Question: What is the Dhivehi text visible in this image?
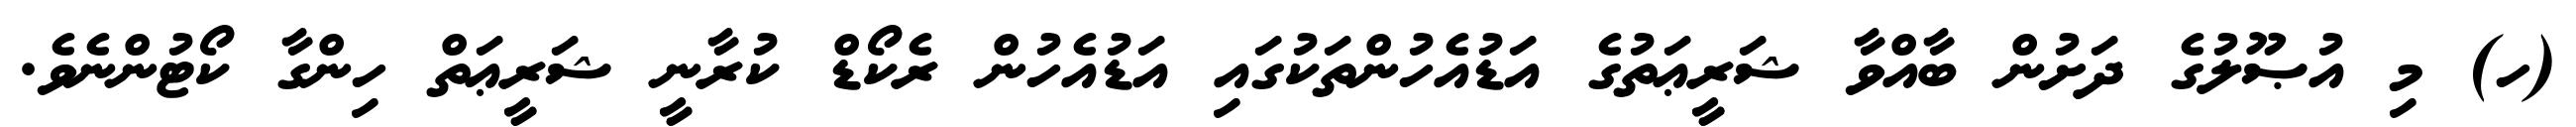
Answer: (ހ) މި އުޞޫލުގެ ދަށުން ބާއްވާ ޝަރީޢަތުގެ އަޑުއެހުންތަކުގައި އަޑުއެހުން ރެކޯޑް ކުރާނީ ޝަރީޢަތް ހިންގާ ކޯޓުންނެވެ.